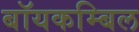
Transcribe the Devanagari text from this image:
बॉयकम्बिल